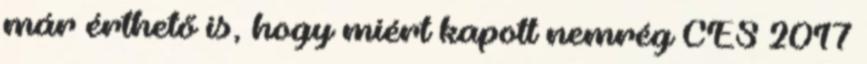
már érthető is, hogy miért kapott nemrég CES 2017